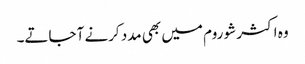
وہ اکثر شو روم میں بھی مدد کرنے آ جاتے۔